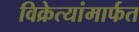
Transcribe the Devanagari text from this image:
विक्रेत्यांमार्फत